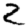
Digit: 2